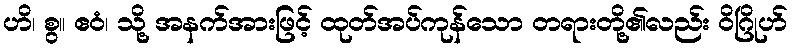
ဟိ၊ စွ။ ဧဝံ၊ သို့ အနက်အားဖြင့် ထုတ်အပ်ကုန်သော တရားတို့၏လည်း ဝိဂြိုဟ်